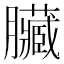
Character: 臟